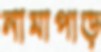
নামাপাড়